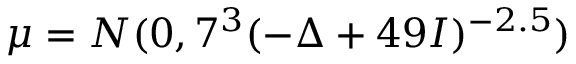
\mu = N ( 0 , 7 ^ { 3 } ( - \Delta + 4 9 I ) ^ { - 2 . 5 } )